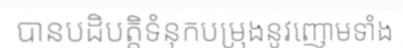
បានបដិបត្តិទំនុកបម្រុងនូវញោមទាំង